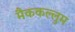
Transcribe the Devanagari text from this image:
मैककल्लुम